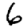
Digit: 6